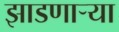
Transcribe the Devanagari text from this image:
झाडणाऱ्या